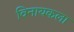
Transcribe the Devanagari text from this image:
विनायकला